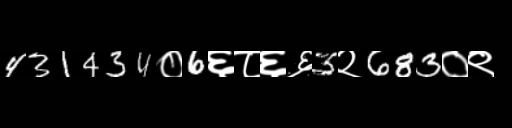
Text: 431434०6६८६६3२683०९